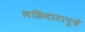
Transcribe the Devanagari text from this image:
भडिमारापुढे